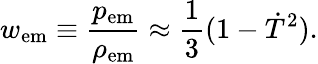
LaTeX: w_{\mathrm{em}}\equiv\frac{p_{\mathrm{em}}}{\rho_{\mathrm{em}}}\approx\frac{1}{3}(1-\dot{T}^{2}).